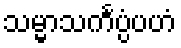
သမ္မာသင်္ကပ္ပံပဟံ